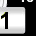
Digit: 1